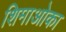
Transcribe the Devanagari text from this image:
शिमाओका